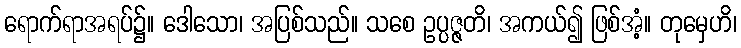
ရောက်ရာအရပ်၌။ ဒေါသော၊ အပြစ်သည်။ သစေ ဥပ္ပဇ္ဇတိ၊ အကယ်၍ ဖြစ်အံ့။ တုမှေဟိ၊